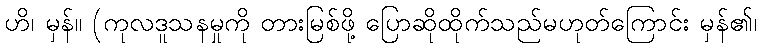
ဟိ၊ မှန်။ (ကုလဒူသနမှုကို တားမြစ်ဖို့ ပြောဆိုထိုက်သည်မဟုတ်ကြောင်း မှန်၏၊